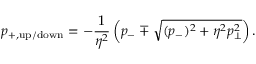
p _ { + , \mathrm { u p / d o w n } } = - \frac { 1 } { \eta ^ { 2 } } \left( p _ { - } \mp \sqrt { ( p _ { - } ) ^ { 2 } + \eta ^ { 2 } p _ { \bot } ^ { 2 } } \right) .